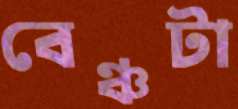
বেঞ্চটা